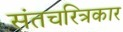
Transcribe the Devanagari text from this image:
संतचरित्रकार